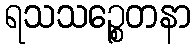
ရသသဉ္စေတနာ